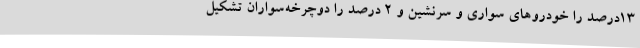
13درصد را خودروهای سواری و سرنشین و 2 درصد را دوچرخه‌سواران تشکیل